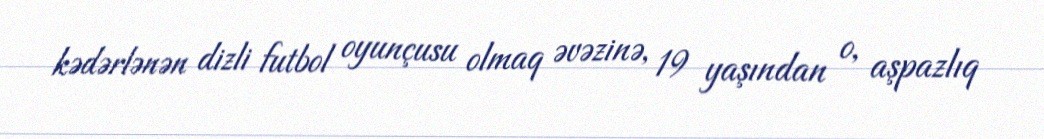
kədərlənən dizli futbol oyunçusu olmaq əvəzinə, 19 yaşından o, aşpazlıq